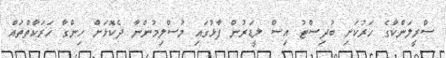
ސްރީލަންކާގެ ހަރުކަށި ބުދިސްޓު އިސް ލީޑަރުން ފާޅުގައި މުސްލިމުންނާ ދެކޮޅަށް ހިންގާ ހަރަކާތްތައް